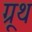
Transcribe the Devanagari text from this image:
ग्रूथ